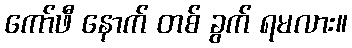
ကော်ဖီ နောက် တစ် ခွက် ရမလား။